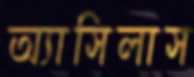
অ্যাসিলাস